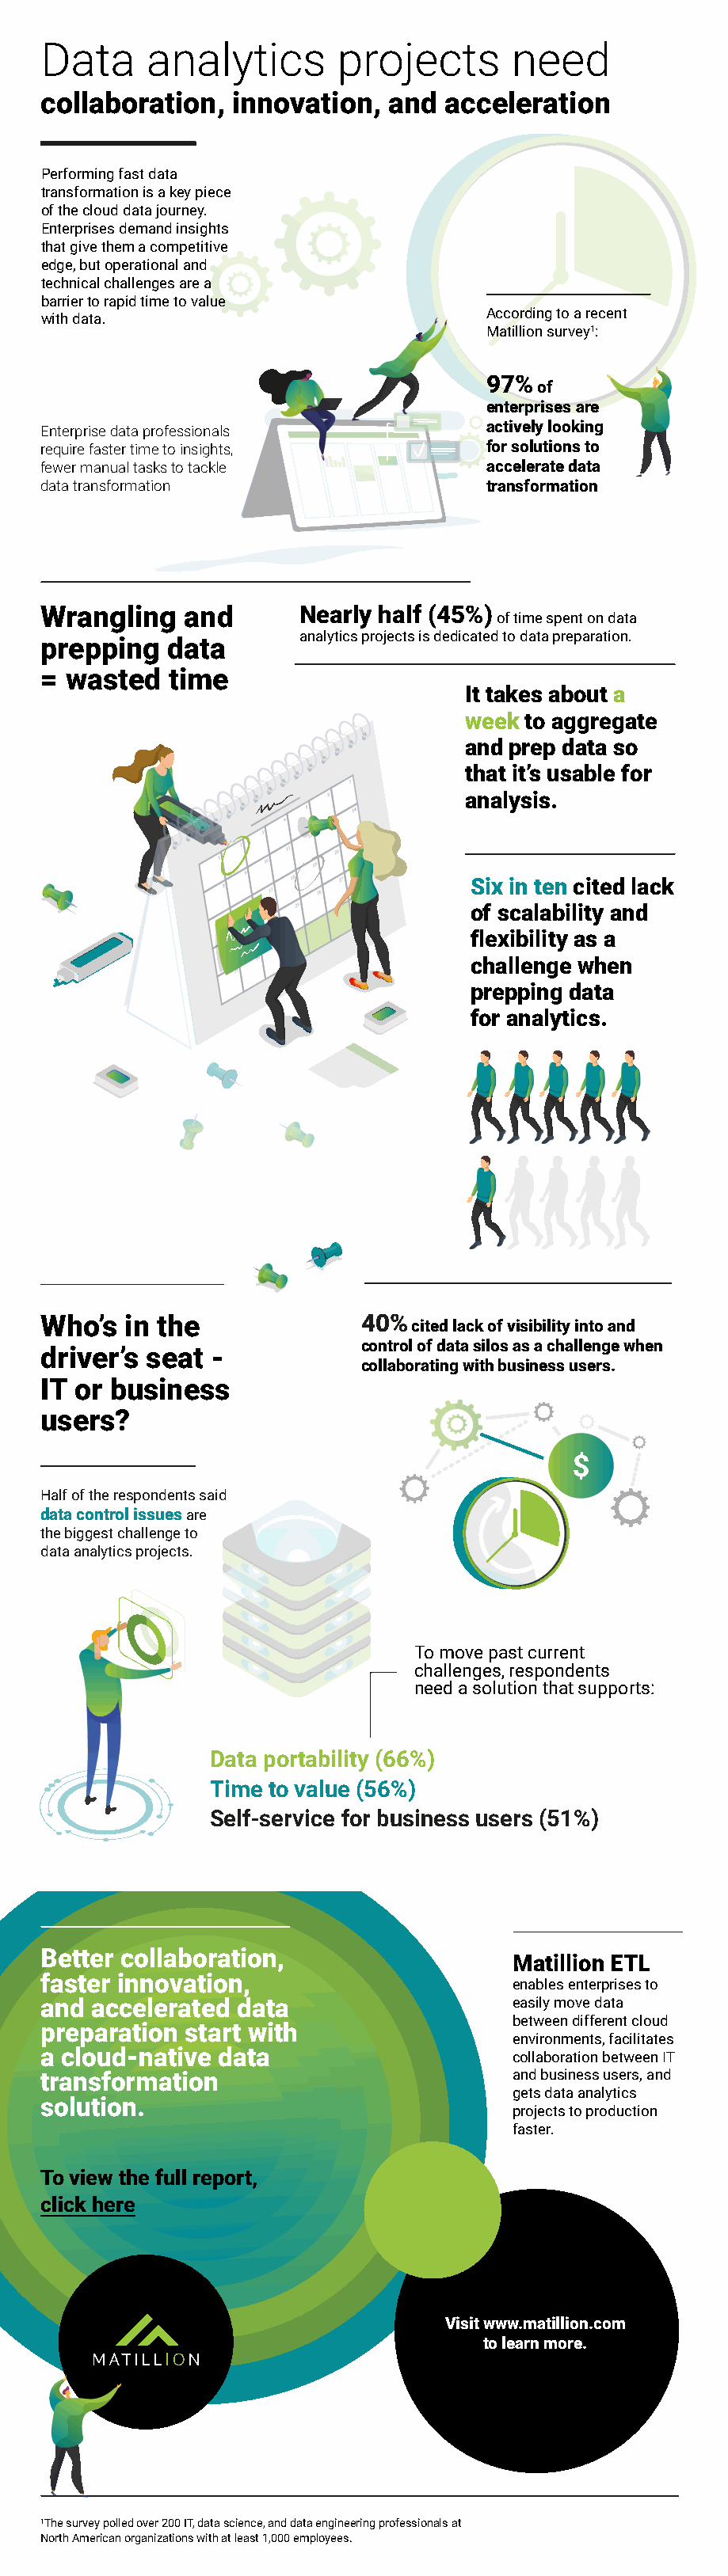
Data     analytics       projects       need
 collaboration,  innovation,  and  acceleration
 Performing fast data
 transformation is a key piece
 of the cloud data journey.
 Enterprises demand insights
 that give them a competitive
 edge, but operational and
 technical challenges are a
 barrier to rapid time to value
 According to a recent
 with data.
 Matillion survey1:
 97%
 of
 enterprises are
 actively looking
 Enterprise data professionals
 require faster time to insights,      for solutions to
 fewer manual tasks to tackle          accelerate data
 data transformation                   transformation
 Wrangling   and       Nearly half (45%)
 of time spent on data
 analytics projects is dedicated to data preparation.
 prepping   data
 = wasted   time
 It takes about a
 week to aggregate
 and prep data so
 that it’s usable for
 analysis.
 Six in ten cited lack
 of scalability and
 flexibility as a
 challenge when
 prepping data
 for analytics.
 Who’s  in the              40% cited lack of visibility into and
 control of data silos as a challenge when
 driver’s seat  -
 collaborating with business users.
 IT or business
 users?
 Half of the respondents said
 data control issues are
 the biggest challenge to
 data analytics projects.
 To move past current
 challenges, respondents
 need a solution that supports:
 Data portability (66%)
 Time to value (56%)
 Self-service for business users (51%)
 Better collaboration,
 Matillion ETL
 faster innovation,
 enables enterprises to
 and  accelerated data                   easily move data
 between different cloud
 preparation start with
 environments, facilitates
 a cloud-native data                     collaboration between IT
 transformation                          and business users, and
 gets data analytics
 solution.
 projects to production
 faster.
 To view the full report,
 click here
 Visit www.matillion.com
 to learn more.
 1The survey polled over 200 IT, data science, and data engineering professionals at
 North American organizations with at least 1,000 employees.